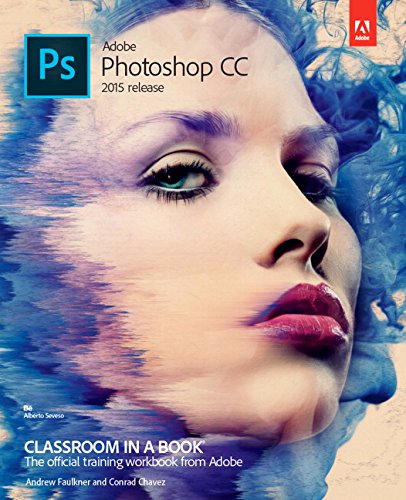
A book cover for Adobe Photoshop CC Classroom in a Book (2015 release); Andrew Faulkner; Arts & Photography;